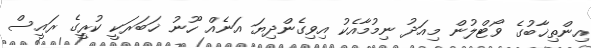
އިންތިޚާބުގެ ވޯޓްލުން މިއަދު ނިމުމާއެކު އިވިގެންދިޔަ އަނެއް ހޫނު ޚަބަރަކީ ކުރީގެ ރައީސް